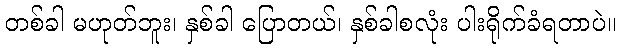
တစ်ခါ မဟုတ်ဘူး၊ နှစ်ခါ ပြောတယ်၊ နှစ်ခါစလုံး ပါးရိုက်ခံရတာပဲ။